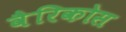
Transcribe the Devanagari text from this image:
वैरिकोस